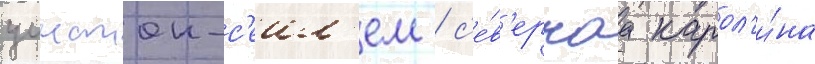
уинстон-с'еил'ем / с'е́в'ернаа карол'и́на